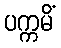
ပက္ကမိံ